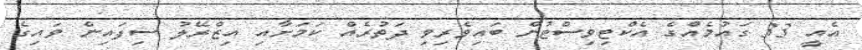
އެއީ 33 ގައުމެއްގެ އެކްޓިވިސްޓުން ބައިވެރިވި ދަތުރެއް ކަމަށާއި އިޒްރޭލު ސިފައިން ވައިގެ